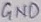
Text: GND